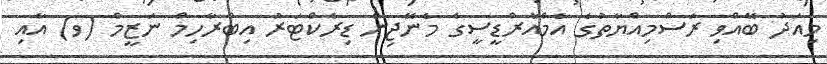
މިއަދު ބޭއްވި ރަސްމިއްޔާތުގެ އެމްއާރްޑީސީގެ މެނޭޖިން ޑިރެކްޓަރު އިބްރާހިމް ނަޒީމް (ވ) އާއި